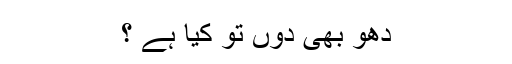
دھو بھی دوں تو کیا ہے ؟